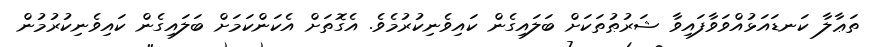
ތަޢާލާ ކަނޑައަޅުއްވަވާފައިވާ ޝަރުޠުތަކަށް ބަލައިގެން ކައިވެނިކުރުމެވެ. އެގޮތަށް އެކަންކަމަށް ބަލައިގެން ކައިވެނިކުރުމުން